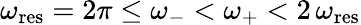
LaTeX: \omega_{\mathrm{res}}=2\pi\leq\omega_{-}<\omega_{+}<2\, \omega_{\mathrm{res}}